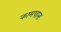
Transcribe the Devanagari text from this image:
कामपालः